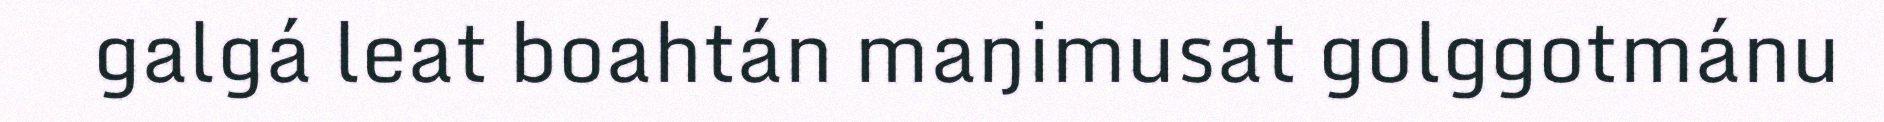
galgá leat boahtán maŋimusat golggotmánu